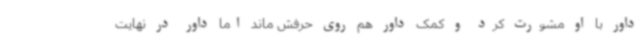
داور با او مشورت کرد و کمک داور هم روی حرفش ماند اما داور در نهایت